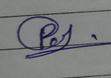
Signature authenticity: forged